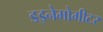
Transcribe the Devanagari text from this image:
डइनेमोमीटर